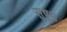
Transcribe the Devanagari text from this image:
सुषुम्न